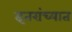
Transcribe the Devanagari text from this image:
इतरांच्यात